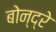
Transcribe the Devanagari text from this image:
बोन्द्रे